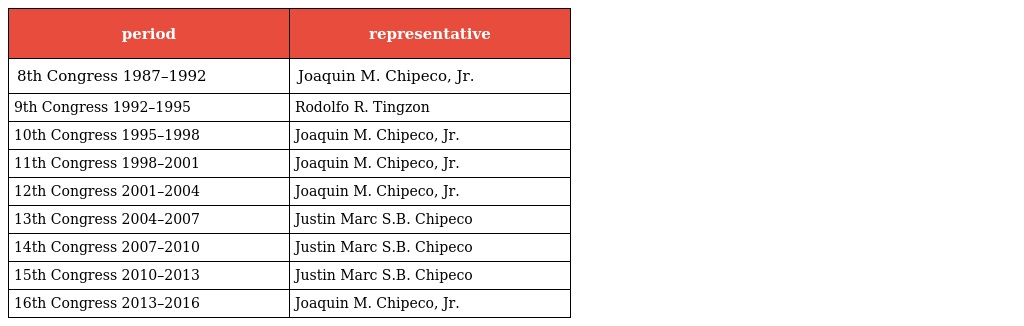
| period | representative |
 | --- | --- |
 | 8th Congress 1987–1992 | Joaquin M. Chipeco, Jr. |
 | 9th Congress 1992–1995 | Rodolfo R. Tingzon |
 | 10th Congress 1995–1998 | Joaquin M. Chipeco, Jr. |
 | 11th Congress 1998–2001 | Joaquin M. Chipeco, Jr. |
 | 12th Congress 2001–2004 | Joaquin M. Chipeco, Jr. |
 | 13th Congress 2004–2007 | Justin Marc S.B. Chipeco |
 | 14th Congress 2007–2010 | Justin Marc S.B. Chipeco |
 | 15th Congress 2010–2013 | Justin Marc S.B. Chipeco |
 | 16th Congress 2013–2016 | Joaquin M. Chipeco, Jr. |